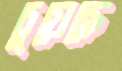
চুয়েছে